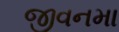
જીવનમા